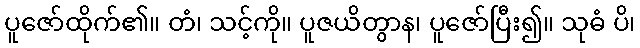
ပူဇော်ထိုက်၏။ တံ၊ သင့်ကို။ ပူဇယိတွာန၊ ပူဇော်ပြီး၍။ သုဓံ ပိ၊